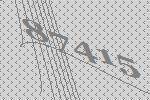
87415